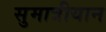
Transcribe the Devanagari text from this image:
सुमात्रीयान